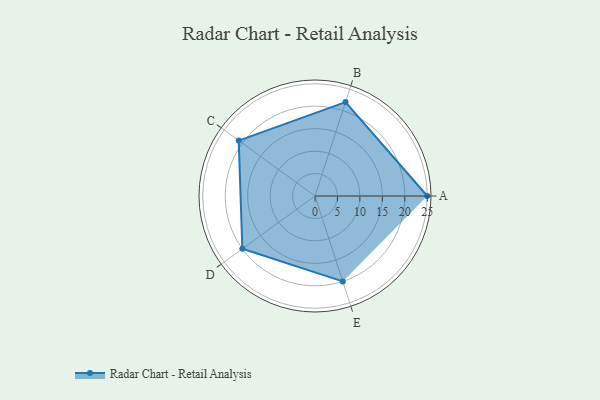
{"axis": {"x": "Skill", "y": "Score"}, "legend": ["Profile"], "data": [{"x": "A", "y": 25.0, "type": "Profile"}, {"x": "B", "y": 22.0, "type": "Profile"}, {"x": "C", "y": 21.0, "type": "Profile"}, {"x": "D", "y": 20.0, "type": "Profile"}, {"x": "E", "y": 20, "type": "Profile"}]}